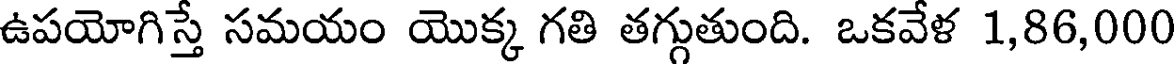
ఉపయోగిస్తే సమయం యొక్క గతి తగ్గుతుంది. ఒకవేళ 1,86,000